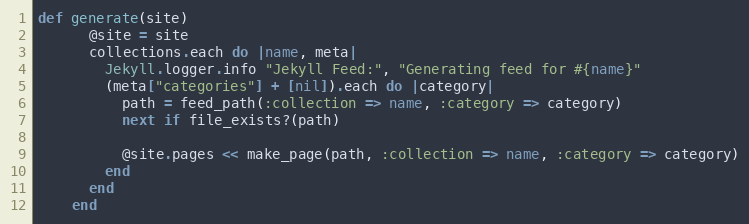
Language: Ruby
def generate(site)
      @site = site
      collections.each do |name, meta|
        Jekyll.logger.info "Jekyll Feed:", "Generating feed for #{name}"
        (meta["categories"] + [nil]).each do |category|
          path = feed_path(:collection => name, :category => category)
          next if file_exists?(path)

          @site.pages << make_page(path, :collection => name, :category => category)
        end
      end
    end